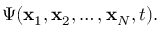
\Psi ( { \bf x } _ { 1 } , { \bf x } _ { 2 } , \ldots , { \bf x } _ { N } , t ) .